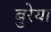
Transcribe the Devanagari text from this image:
बुरेया